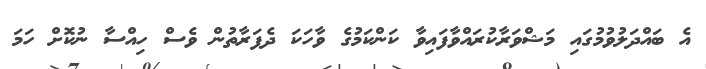
އެ ބައްދަލުވުމުގައި މަޝްވަރާކުރައްވާފައިވާ ކަންކަމުގެ ވާހަކަ ދެފަރާތުން ވެސް ހިއްސާ ނުކޮށް ހަމަ